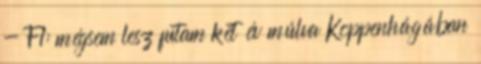
- F1: mégsem lesz futam két év múlva Koppenhágában